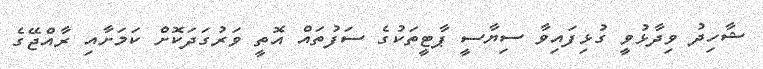
ޝާހިދު ވިދާޅުވީ ގުޅިފައިވާ ސިޔާސީ ޕާޓީތަކުގެ ސަފުތައް އޮތީ ވަރުގަދަކޮށް ކަމަށާއި ރާއްޖޭގެ